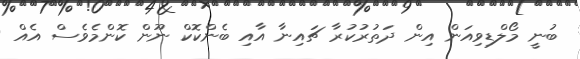
ބުނީ މޯލްޑިވިއަން އިން ދަތުރުކުރާ ޗައިނާ އާއި ބެންކޮކް ނޫން ކޮންމެވެސް އެއް